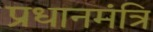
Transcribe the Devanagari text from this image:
प्रधानमंत्रि